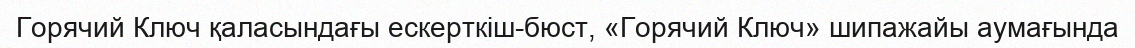
Горячий Ключ қаласындағы ескерткіш-бюст, «Горячий Ключ» шипажайы аумағында